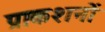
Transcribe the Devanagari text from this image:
प्राकशनों